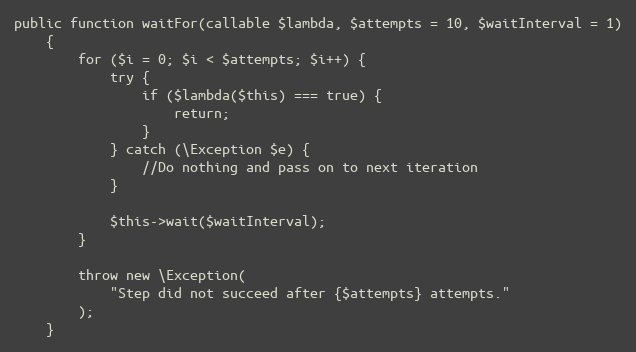
Language: PHP
public function waitFor(callable $lambda, $attempts = 10, $waitInterval = 1)
    {
        for ($i = 0; $i < $attempts; $i++) {
            try {
                if ($lambda($this) === true) {
                    return;
                }
            } catch (\Exception $e) {
                //Do nothing and pass on to next iteration
            }

            $this->wait($waitInterval);
        }

        throw new \Exception(
            "Step did not succeed after {$attempts} attempts."
        );
    }